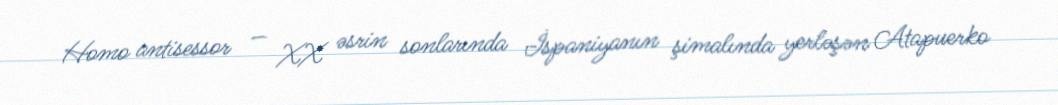
Homo antisessor — XX əsrin sonlarında İspaniyanın şimalında yerləşən Atapuerko